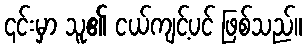
၎င်းမှာ သူ၏ ငယ်ကျင့်ပင် ဖြစ်သည်။